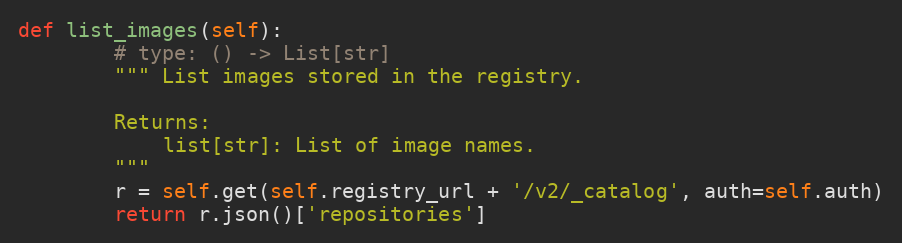
Language: Python
def list_images(self):
        # type: () -> List[str]
        """ List images stored in the registry.

        Returns:
            list[str]: List of image names.
        """
        r = self.get(self.registry_url + '/v2/_catalog', auth=self.auth)
        return r.json()['repositories']